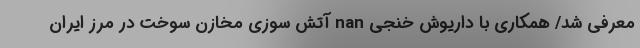
معرفی شد/ همکاری با داریوش خنجی nan آتش سوزی مخازن سوخت در مرز ایران